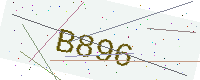
Text: B896